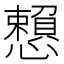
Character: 𢤿